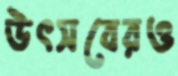
উৎসবেরও